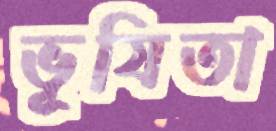
ভূষিতা